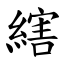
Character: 縖